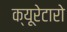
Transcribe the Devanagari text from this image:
क्यूरेटारो